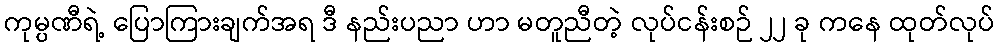
ကုမ္ပဏီရဲ့ ပြောကြားချက်အရ ဒီ နည်းပညာ ဟာ မတူညီတဲ့ လုပ်ငန်းစဉ် ၂၂ ခု ကနေ ထုတ်လုပ်